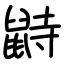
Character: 鼭